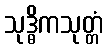
သုဒ္ဓိကသုတ္တံ